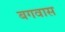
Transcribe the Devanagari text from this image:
बगवास